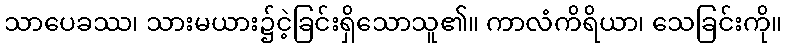
သာပေခဿ၊ သားမယား၌ငဲ့ခြင်းရှိသောသူ၏။ ကာလံကိရိယာ၊ သေခြင်းကို။